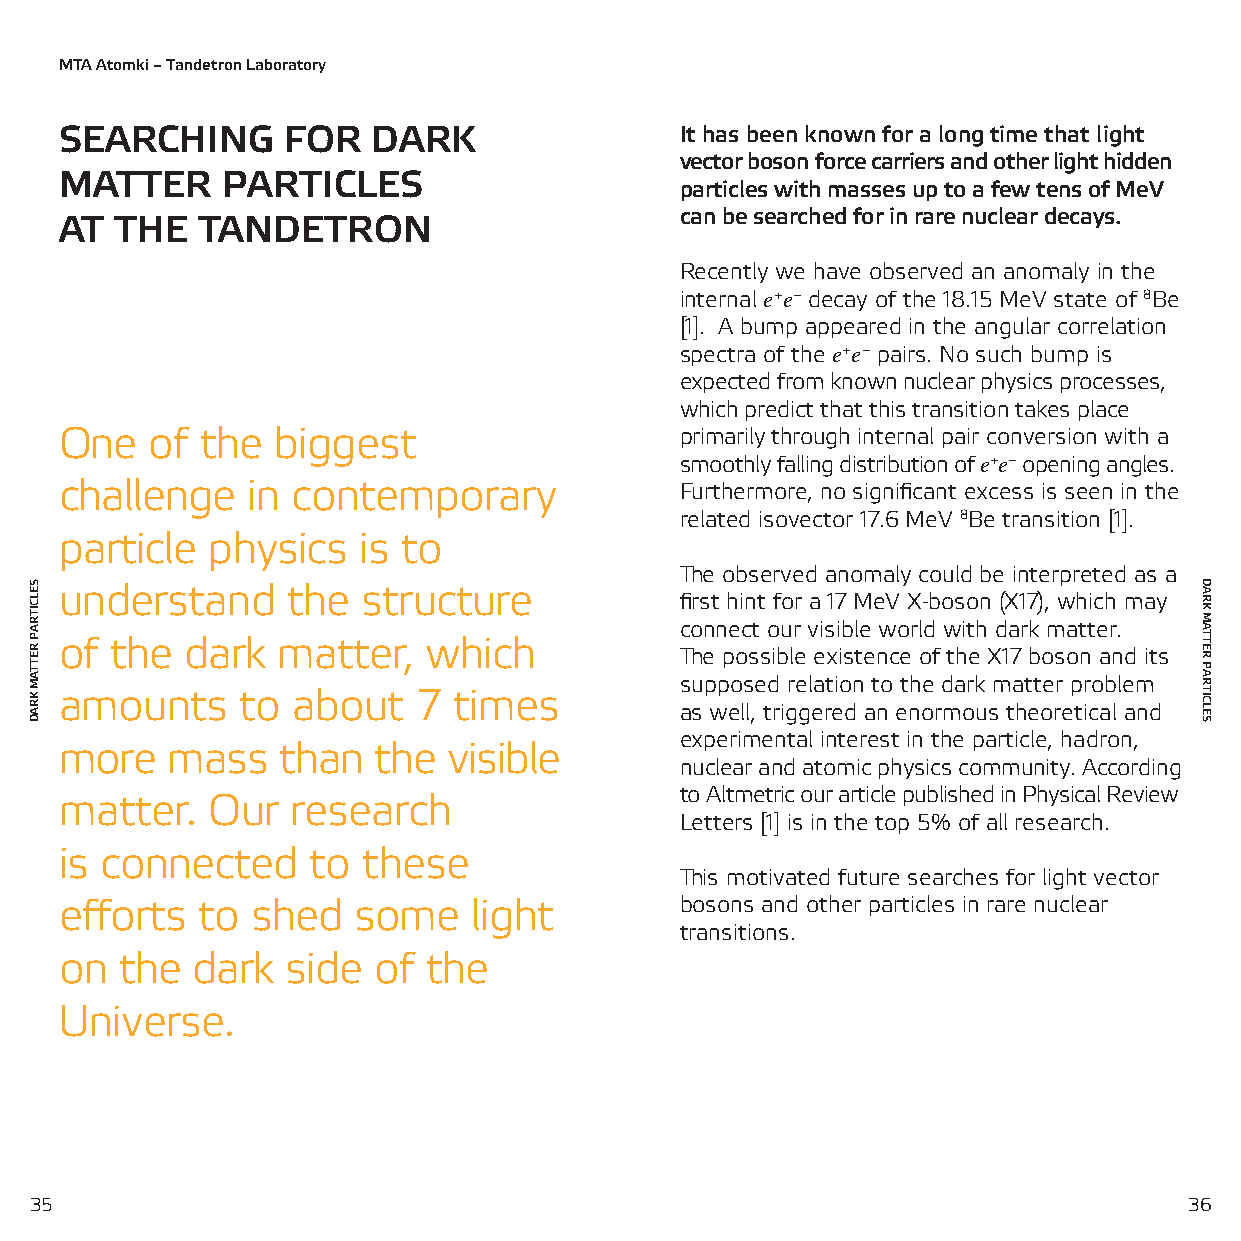
MTA Atomki – Tandetron Laboratory
 SEARCHING      FOR   DARK                It has been known for a long time that light
 vector boson force carriers and other light hidden
 MATTER     PARTICLES
 particles with masses up to a few tens of MeV
 can be searched for in rare nuclear decays.
 AT  THE  TANDETRON
 Recently we have observed an anomaly in the
 internal e+e− decay of the 18.15 MeV state of 8Be
 [1]. A bump appeared in the angular correlation
 spectra of the e+e− pairs. No such bump is
 expected from known nuclear physics processes,
 which predict that this transition takes place
 One   of the  biggest                    primarily through internal pair conversion with a
 smoothly falling distribution of e+e− opening angles.
 challenge   in contemporary              Furthermore, no significant excess is seen in the
 related isovector 17.6 MeV 8Be transition [1].
 particle  physics   is to
 The observed anomaly could be interpreted as a
 understand     the  structure
 first hint for a 17 MeV X-boson (X17), which may
 connect our visible world with dark matter.
 of the  dark  matter,   which
 The possible existence of the X17 boson and its
 supposed relation to the dark matter problem
 amounts     to about   7  times
 as well, triggered an enormous theoretical and
 experimental interest in the particle, hadron,
 more   mass   than   the  visible
 nuclear and atomic physics community. According
 to Altmetric our article published in Physical Review
 matter.   Our  research
 Letters [1] is in the top 5% of all research.
 is connected    to  these
 This motivated future searches for light vector
 efforts  to  shed  some    light         bosons and other particles in rare nuclear
 transitions.
 on  the  dark  side  of the
 Universe.
 3355                                                                         36
 SELCITRAP
 RETTAM
 KRAD
 DARK
 MATTER
 PARTICLES